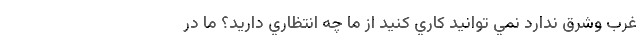
غرب وشرق ندارد نمي توانيد كاري كنيد از ما چه انتظاري داريد؟ ما در